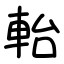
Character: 軩